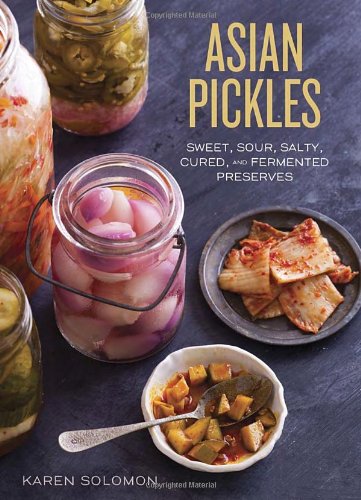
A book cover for Asian Pickles: Sweet, Sour, Salty, Cured, and Fermented Preserves from Korea, Japan, China, India, and Beyond; Karen Solomon; Cookbooks, Food & Wine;